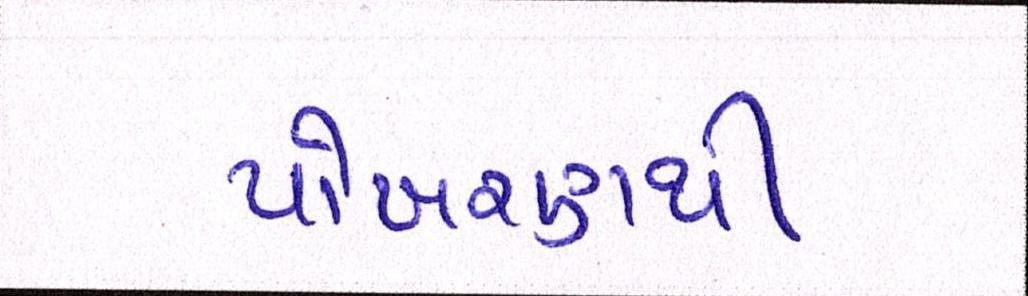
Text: પોખરણથી